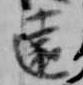
遠